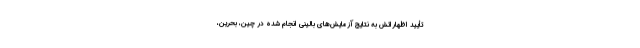
تأیید اظهاراتش به نتایج آزمایش‌های بالینی انجام شده در چین، بحرین،